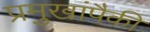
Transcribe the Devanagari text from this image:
प्रमुखांपैकी